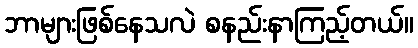
ဘာများဖြစ်နေသလဲ စနည်းနာကြည့်တယ်။